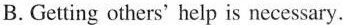
B. Getting others' help is necessary.